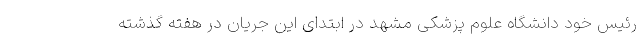
رئیس خود دانشگاه علوم پزشکی مشهد در ابتدای این جریان در هفته گذشته